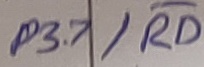
Text: P3.7/RD